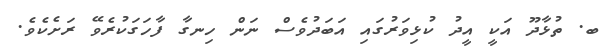
ބ. ތުޅާދޫ އަކީ އީދު ކުޅިވަރުގައި އަބަދުވެސް ނަން ހިނގާ ފާހަަގަކުރެވޭ ރަށެކެވެ.